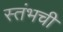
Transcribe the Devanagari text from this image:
स्तंभची